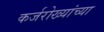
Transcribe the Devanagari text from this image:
कर्जरोख्यांच्या